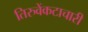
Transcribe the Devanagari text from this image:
तिरुवेंकटाचारी